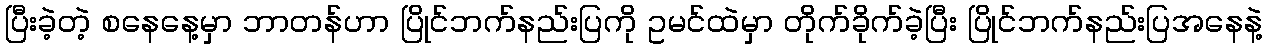
ပြီးခဲ့တဲ့ စနေနေ့မှာ ဘာတန်ဟာ ပြိုင်ဘက်နည်းပြကို ဥမင်ထဲမှာ တိုက်ခိုက်ခဲ့ပြီး ပြိုင်ဘက်နည်းပြအနေနဲ့